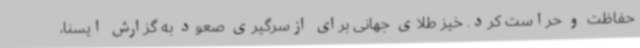
حفاظت و حراست کرد. خیز طلای جهانی برای ازسرگیری صعود به گزارش ایسنا،